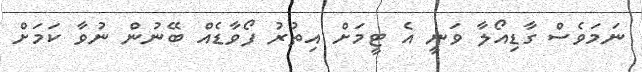
ނަމަވެސް ގާޑިއޯލާ ވަނީ އެ ޓީމަށް އިތުރު ފޯވާޑެއް ބޭނުން ނުވާ ކަމަށް